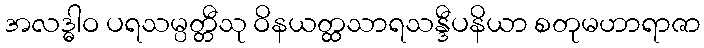
အလဒ္ဓါဝ ပရသမ္ပတ္တီသု ဝိနယတ္ထသာရသန္ဒီပနိယာ စတုမဟာရာဇာ